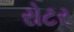
રોટર